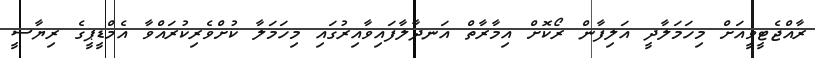
ރާއްޖެޓީވީއަށް މިހަމަލާދީ އަލިފާން ރޯކޮށް އިމާރާތް އަނދާލާފައިވާއިރުގައި މިހަމަލާ ކުށްވެރިކުރައްވާ އެމްޑީޕީގެ ރިޔާސީ